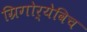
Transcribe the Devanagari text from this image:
ग्रिगोर्येविच